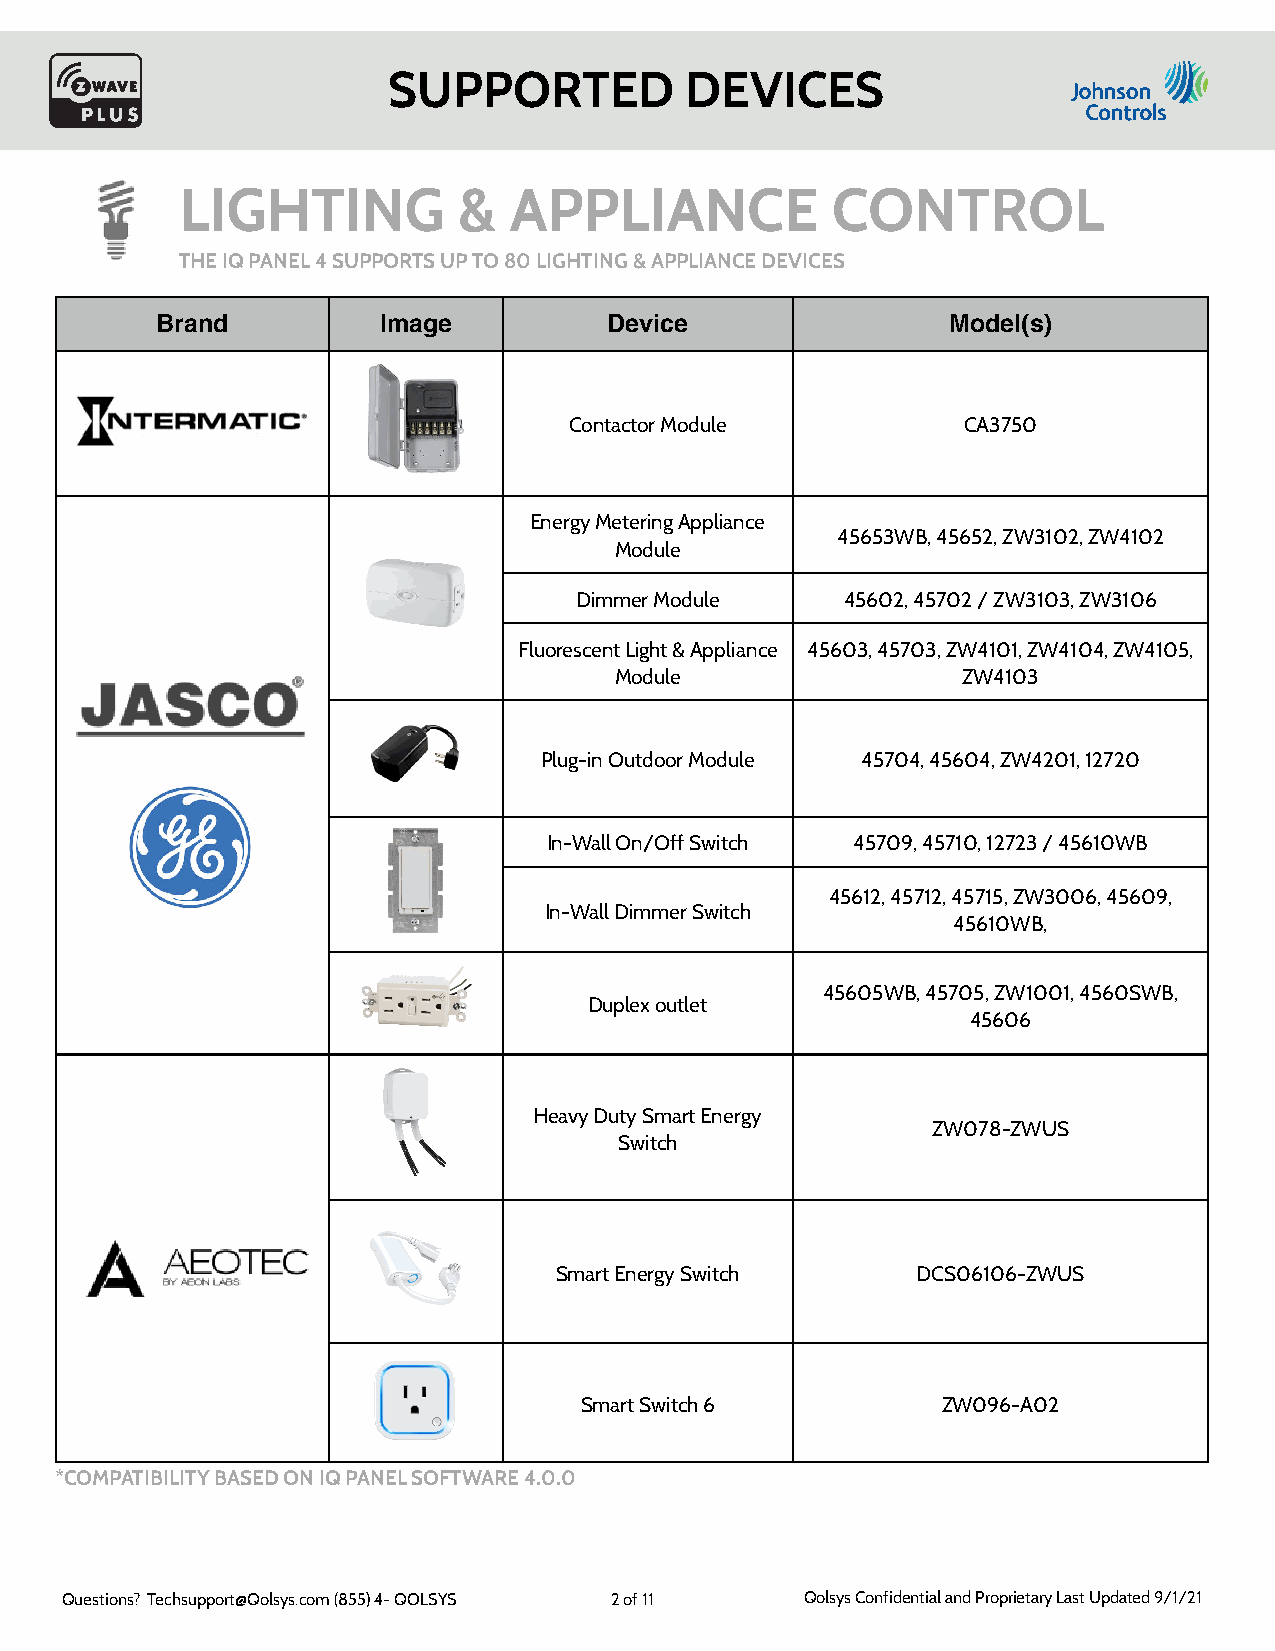
SUPPORTED          DEVICES
 LIGHTING          &   APPLIANCE            CONTROL
 THE IQ PANEL 4 SUPPORTS UP TO 80 LIGHTING & APPLIANCE DEVICES
 Brand          Image          Device                 Model(s)
 Contactor Module          CA3750
 Energy Metering Appliance
 45653WB, 45652, ZW3102, ZW4102
 Module
 Dimmer Module     45602, 45702 / ZW3103, ZW3106
 Fluorescent Light & Appliance 45603, 45703, ZW4101, ZW4104, ZW4105,
 Module                 ZW4103
 Plug-in Outdoor Module 45704, 45604, ZW4201, 12720
 In-Wall On/Off Switch 45709, 45710, 12723 / 45610WB
 45612, 45712, 45715, ZW3006, 45609,
 In-Wall Dimmer Switch
 45610WB,
 45605WB, 45705, ZW1001, 4560SWB,
 Duplex outlet
 45606
 Heavy Duty Smart Energy
 ZW078-ZWUS
 Switch
 Smart Energy Switch     DCS06106-ZWUS
 Smart Switch 6          ZW096-A02
 *COMPATIBILITY BASED ON IQ PANEL SOFTWARE 4.0.0
 Questions? Techsupport@Qolsys.com (855) 4- QOLSYS 2 of 11 Qolsys Confidential and Proprietary Last Updated 9/1/21